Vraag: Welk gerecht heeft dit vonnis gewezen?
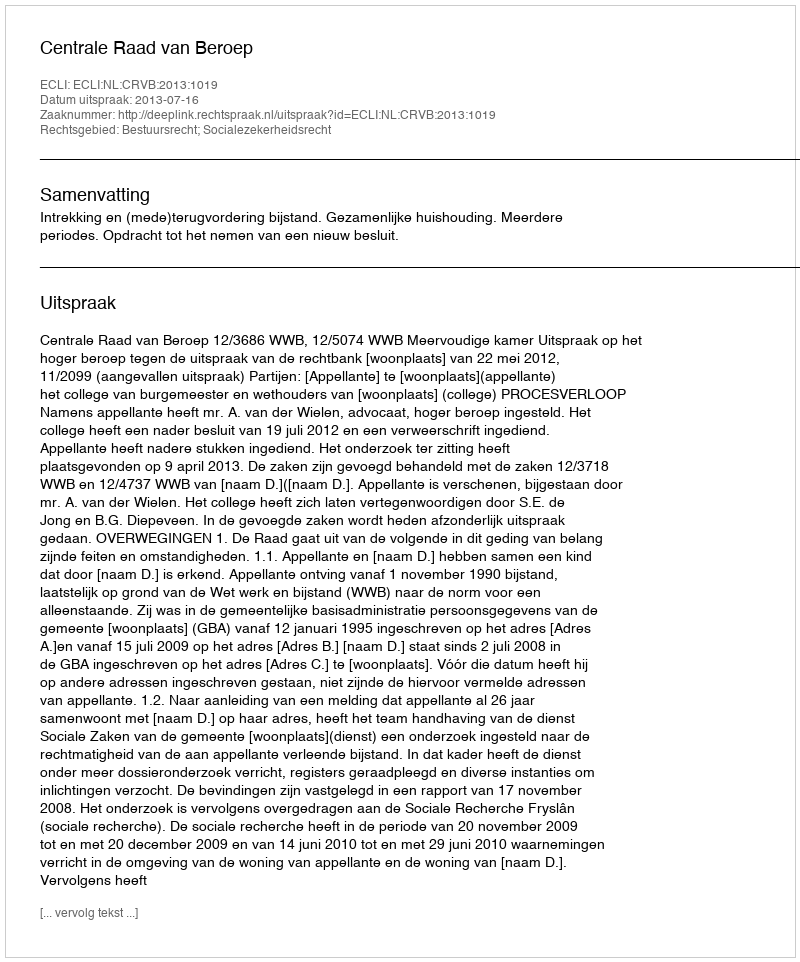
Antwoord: Centrale Raad van Beroep